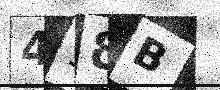
Text: 498B